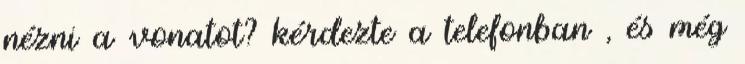
nézni a vonatot? kérdezte a telefonban , és még